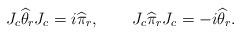
LaTeX: \begin{align*}J_c \widehat \theta_r J_c = i \widehat \pi_r, \qquad J_c \widehat \pi_rJ_c = -i \widehat \theta_r. \end{align*}